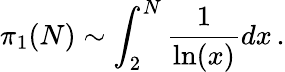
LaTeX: \pi_{1}(N)\sim\int_{2}^{N}\frac{1}{\ln(x)}dx\, .